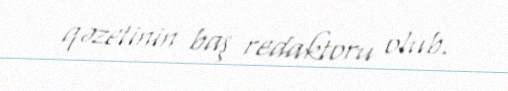
qəzetinin baş redaktoru olub.